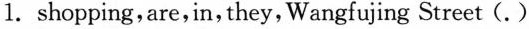
1.shopping,are,in, they,Wangfujing Street (.)